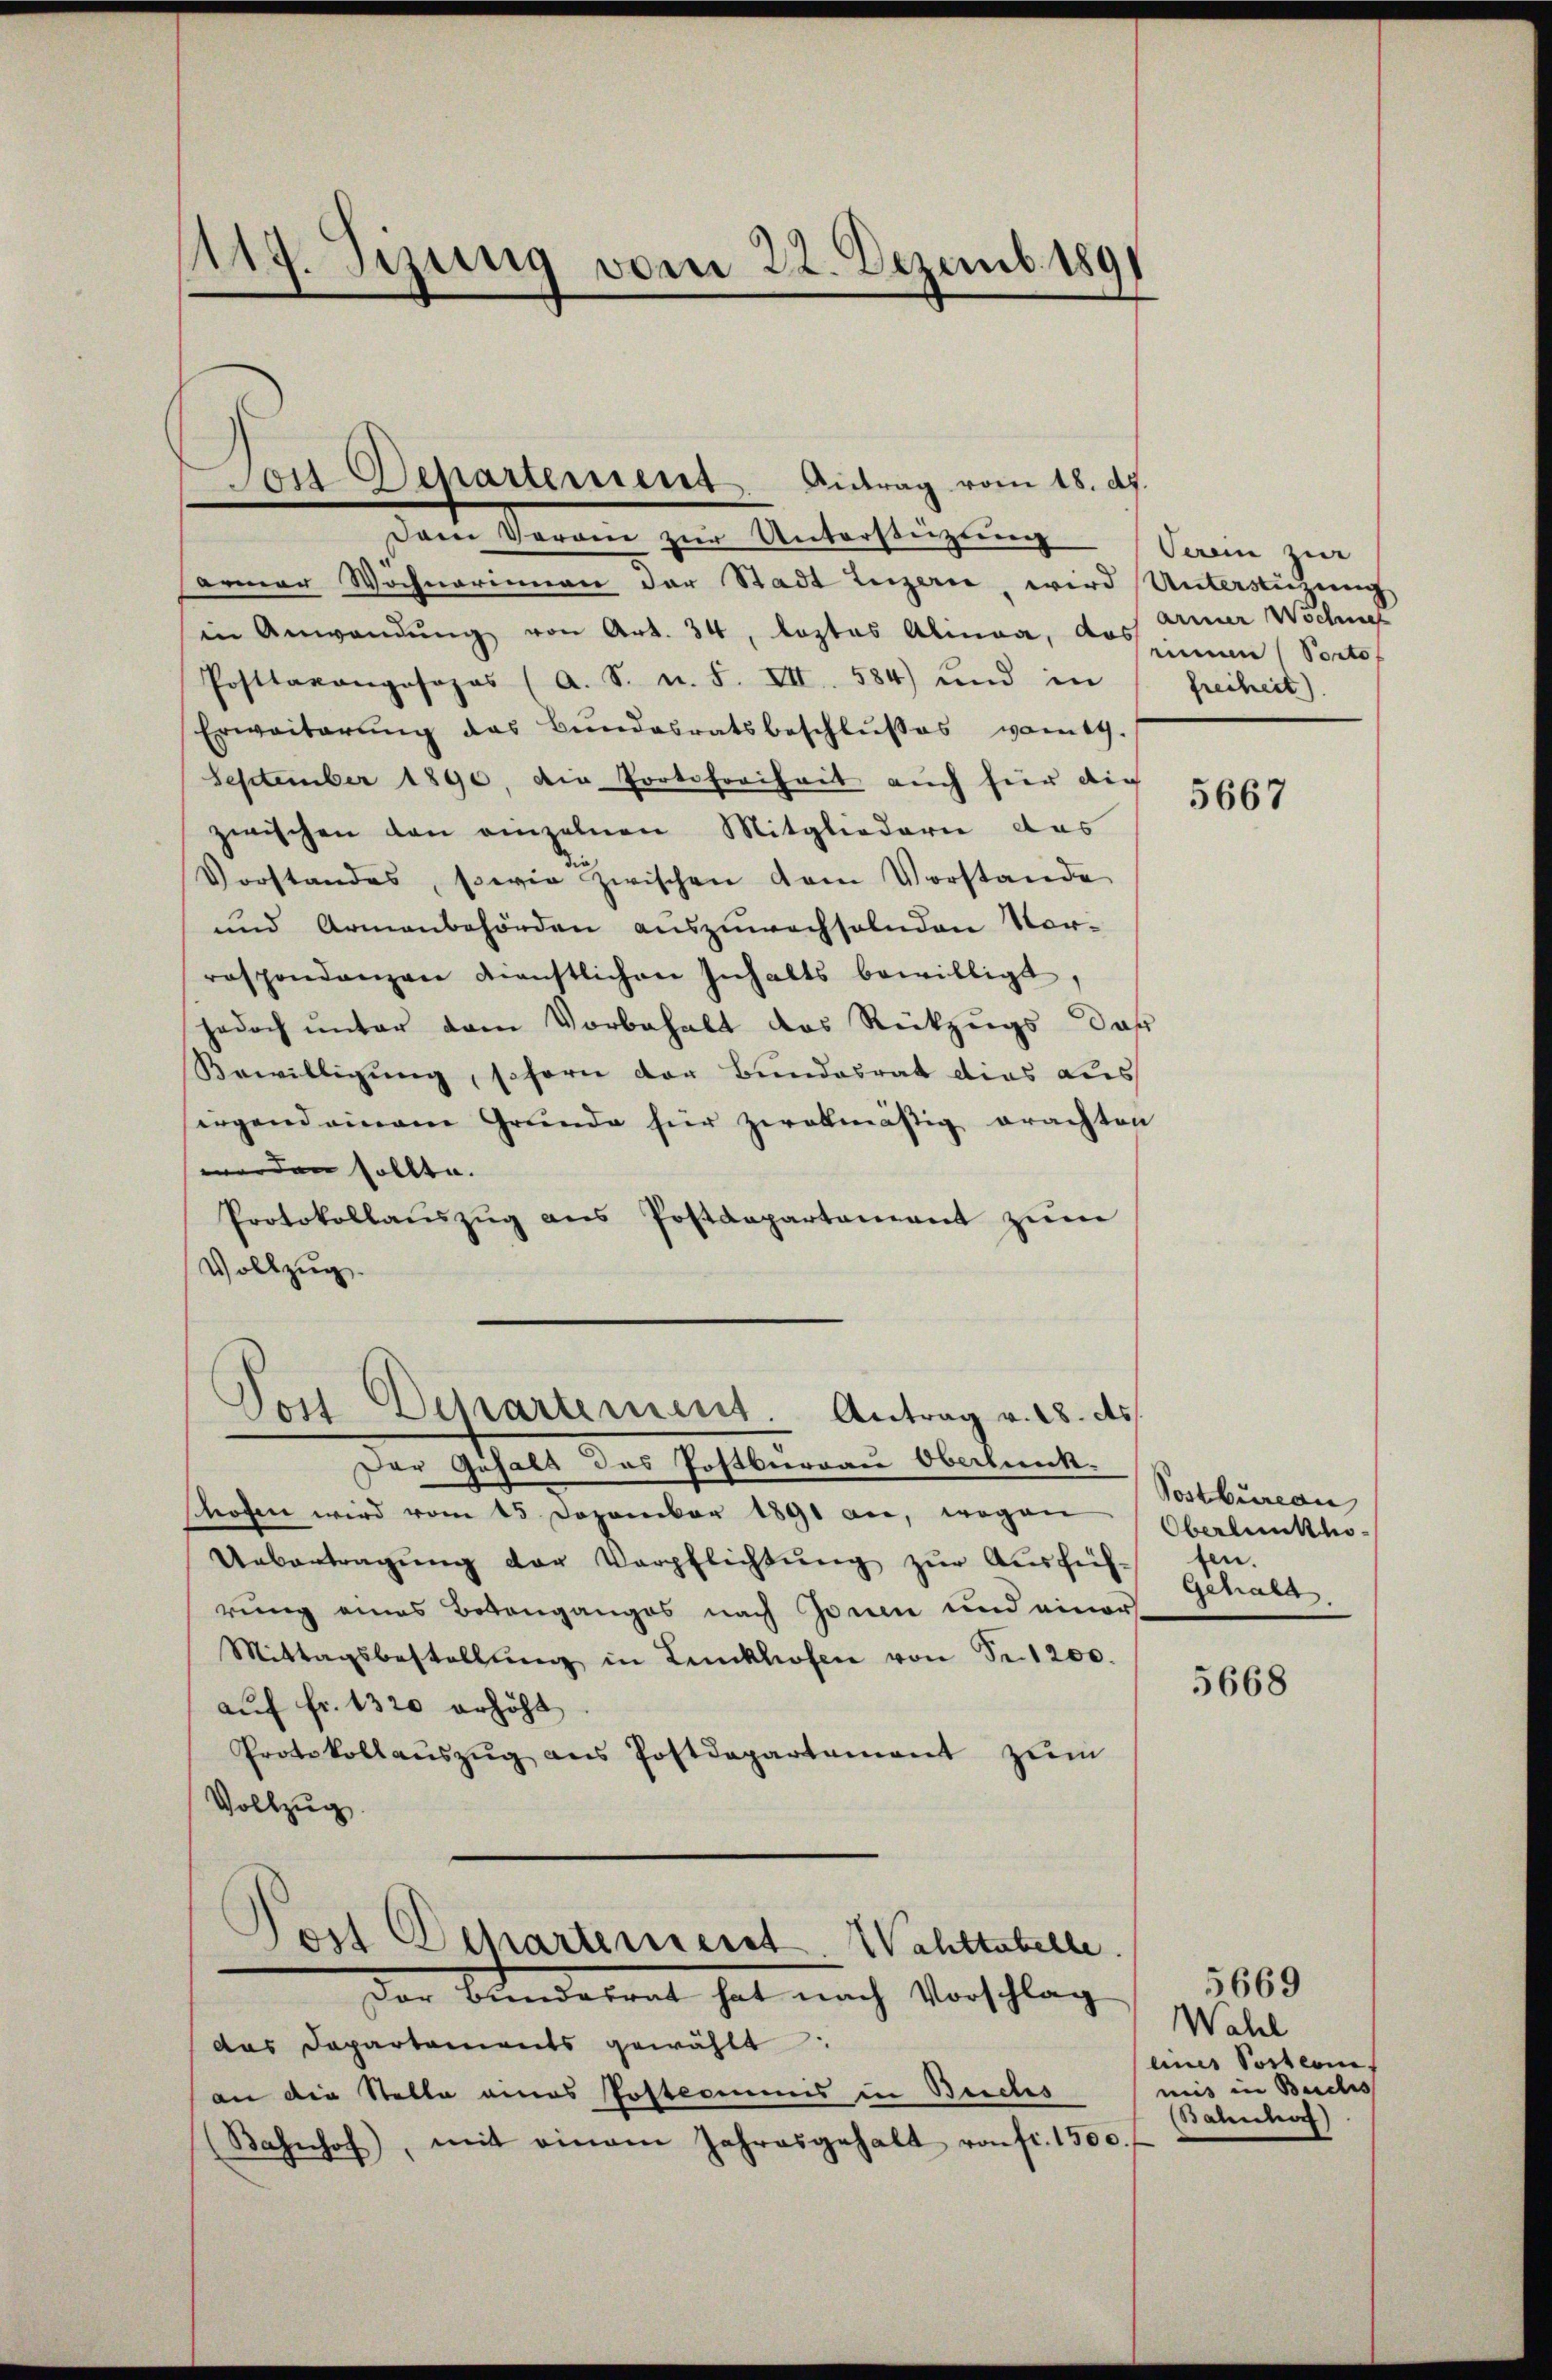
119. Sizung vom 22. Dezemb. 1891

on Departement Antrag vom 18. d.

Dem Verain zŭr Unterstützŭng Verein zur
sarmer Wochnerinnen der Stadt Luzern, wird Unterstüzung
in Anwendung von Art. 34, leztes Alinea, das
Posttaxangosopas (A. S. n. F. VII. 584) und in
Erweiterŭng des Bŭndesratsbeschlŭsses vom 19.
September 1890. Die Portofreiheit auch hier die
zwischen den einzelnen Mitgliedern das
Vorstandes, sowie zwischen dem Vorstande
und Armenbehörden auszuwechselnden Vor-
respondenzen dienstlichen Inhalts bewilligt,
jedoch unter dem Vorbehalt des Rückzugs dar
Bewilligung, schorn der Bundesrat dies aus
irgend einem Grunde für zwekmäßig erachten
worden sollte.
Protokollaŭszŭg ans Postdepartament zŭm
Vollzug.

Tos Departement. Antrag v. 18. ds

Der Güsals das Postburgau Oberbunk-
schofen wird vom 15 Dezember 1891 an, wegen
Uebertragŭng der Verpflichtŭng zŭr Aŭsfüh-fen.
rung eines Botenganges nach Jonen und einer
Mittagsbestellŭng in Lenkhofen von Sr. 1200.
auf fr. 1320 erhöht
Protokollaŭszŭg ans Postdepartement zŭm
Vollzug.
Post Departemenst Wahltabelle.
Der Bundesrat hat nach Vorschlag
das Departements gewählt:
an die Stelle eines Postcommis in Seides
(Bahnhof, mit einem Jahresgehalt von fr. 1500.

armer Wochner
rinnen (Portof
freiheit)

5667

Postbureau
Oberbunkho
Gehalt

5668

5669
Wahl
eines Postern
miis in Buches
Bahnhof